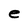
Character: e